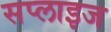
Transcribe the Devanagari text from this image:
सप्लाइज